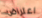
اعتراض